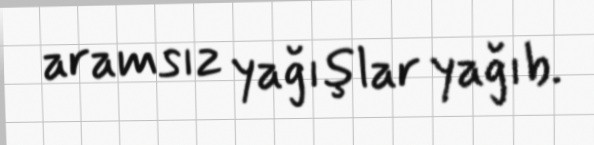
aramsız yağışlar yağıb.